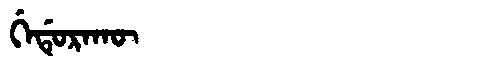
Manchu: ᡤᡝᡩᡠᡵᠠᡴᡡ
Romanization: GEDURAKŪ